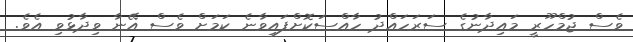
ވެސް ޖުމްހޫރީ މައިދާނުގެ ސަރަހައްދު ހާއްސަކޮށްފައިވާނެ ކަމަށް ވެސް އޭނާ ވިދާޅުވި އެވެ.